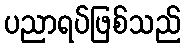
ပညာရပ်ဖြစ်သည်